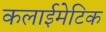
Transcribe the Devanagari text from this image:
कलाईमेटिक